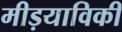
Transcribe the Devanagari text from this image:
मीड़याविकी